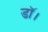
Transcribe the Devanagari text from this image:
डाॅ।